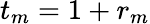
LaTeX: t_{m}=1+r_{m}